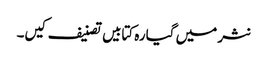
نثر میں گیارہ کتابیں تصنیف کیں۔